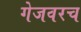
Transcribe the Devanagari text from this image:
गेजवरच